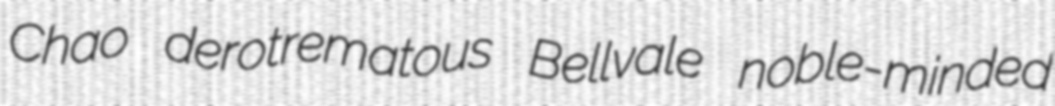
Chao derotrematous Bellvale noble-minded